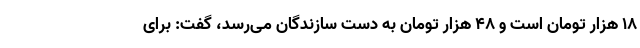
۱۸ هزار تومان است و ۴۸ هزار تومان به دست سازندگان می‌رسد، گفت: برای